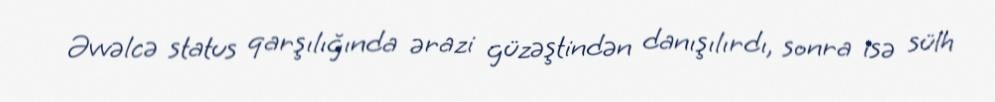
Əvvəlcə status qarşılığında ərazi güzəştindən danışılırdı, sonra isə sülh